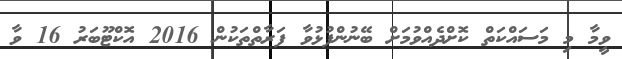
ވީމާ މި މަސައްކަތް ކޮށްދެއްވުމަށް ބޭނުންފުޅުވާ ފަރާތްތަކުން 2016 އޮކްޓޫބަރު 16 ވާ